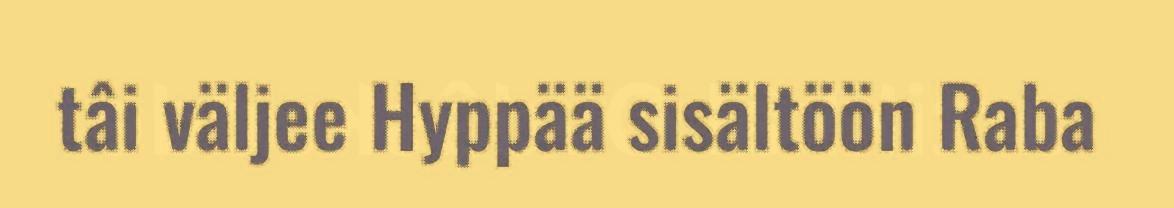
tâi väljee Hyppää sisältöön Raba